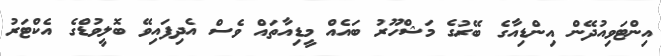
އިންޓަވިއުދޭން އިންޑިއާގެ ބޭރުގެ މަޝްހޫރު ބައެއް މީޑިއާތައް ވެސް އެދިފައިވޭ ބޮލީވުޑްގެ އެކްޓަރު